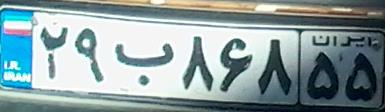
۲۹ب۸۶۸۵۵